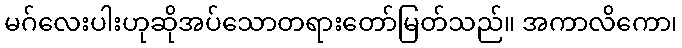
မဂ်လေးပါးဟုဆိုအပ်သောတရားတော်မြတ်သည်။ အကာလိကော၊